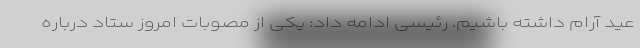
عید آرام داشته باشیم. رئیسی ادامه داد: یکی از مصوبات امروز ستاد درباره